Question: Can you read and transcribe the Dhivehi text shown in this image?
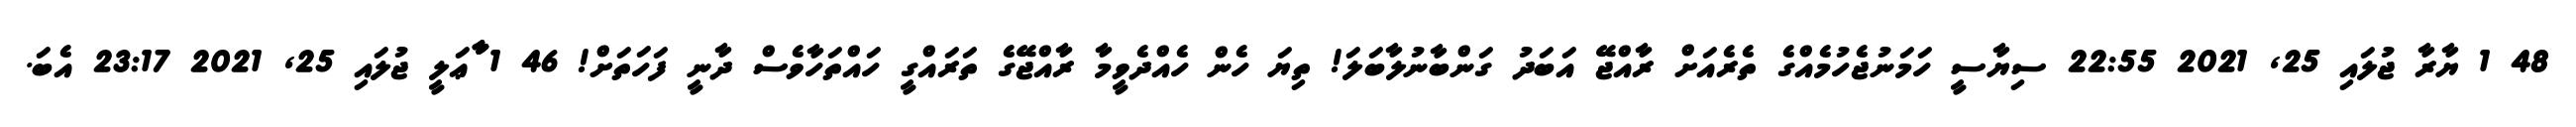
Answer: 48 1 ޔާރާ ޖުލައި 25, 2021 22:55 ސިޔާސީ ހަމަނުޖެހުމެއްގެ ތެރެއަށް ރާއްޖޭ އަބަދު ގަންބާނުލާބަލަ! ތިޔަ ހެން ހެއްދެވީމާ ރާއްޖޭގެ ތަރައްގީ ހައްތަހާވެސް ދާނީ ފަހަތަށް! 46 1 ާާާޢަލީ ޖުލައި 25, 2021 23:17 އެބަ.